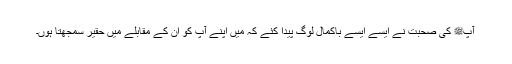
آپﷺ کی صحبت نے ایسے ایسے باکمال لوگ پیدا کئے کہ میں اپنے آپ کو ان کے مقابلے میں حقیر سمجھتا ہوں۔